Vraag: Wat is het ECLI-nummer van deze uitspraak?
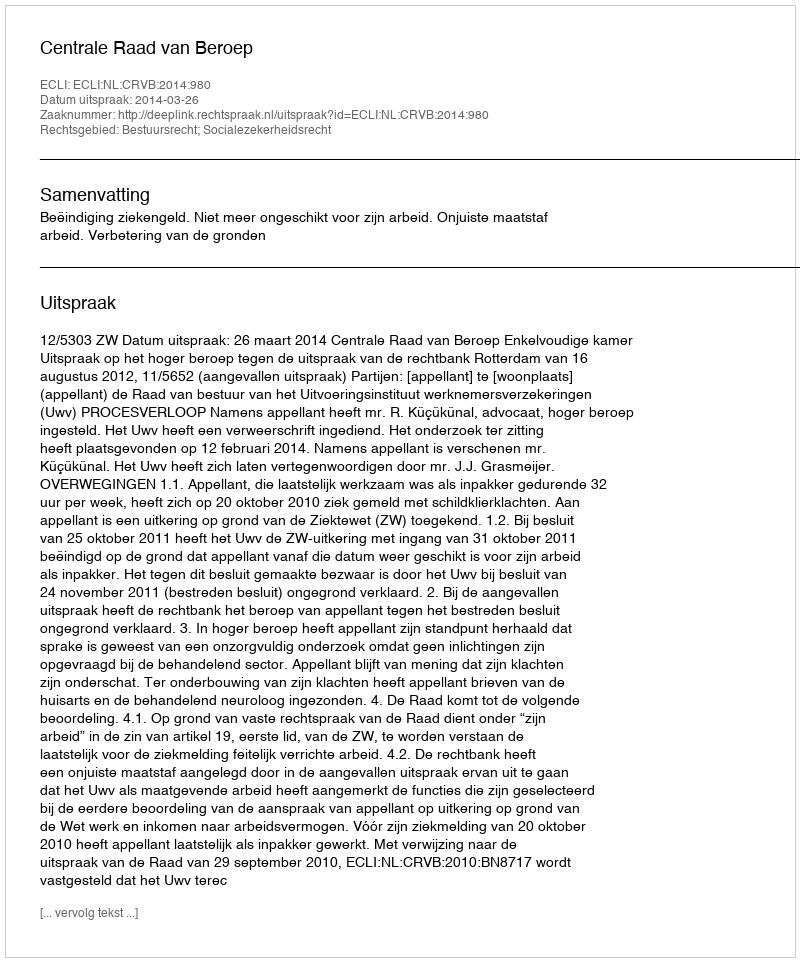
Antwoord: ECLI:NL:CRVB:2014:980